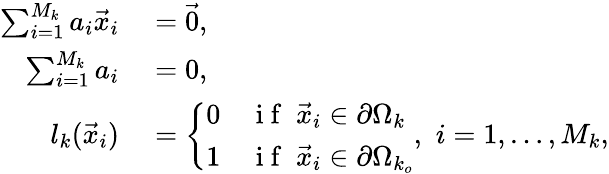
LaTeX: \begin{array}{rl}{\sum_{i=1}^{M_{k}}a_{i}\vec{x}_{i}}&{{}=\vec{0},}\\ {\sum_{i=1}^{M_{k}}a_{i}}&{{}=0,}\\ {l_{k}(\vec{x}_{i})}&{{}=\left\{ \begin{array}{ll}{0}&{\mathrm{~i~f~}\; \vec{x}_{i}\in\partial\Omega_{k}}\\ {1}&{\mathrm{~i~f~}\; \vec{x}_{i}\in\partial\Omega_{k_{o}}}\end{array}\right.,\, \, i=1,\dots,M_{k},}\end{array}